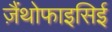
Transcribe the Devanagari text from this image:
ज़ैंथोफाइसिई